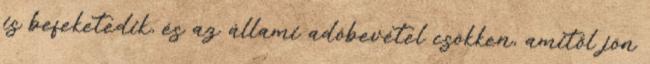
is befeketedik, és az állami adóbevétel csökken, amitől jön